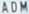
ADM